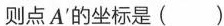
则点A'的坐标是（ ）